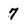
Character: 7